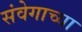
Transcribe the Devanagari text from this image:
संवेगाच्या